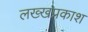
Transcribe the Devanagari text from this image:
लख्खप्रकाश